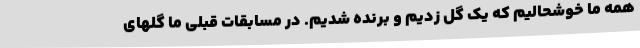
همه ما خوشحالیم که یک گل زدیم و برنده شدیم. در مسابقات قبلی ما گلهای